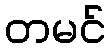
တမင်